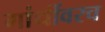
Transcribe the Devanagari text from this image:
गांधींवरच